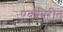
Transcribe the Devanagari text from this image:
एकत्रिरीत